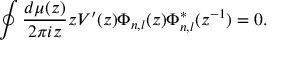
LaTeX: \oint \frac { d \mu ( z ) } { 2 \pi i z } z V ^ { \prime } ( z ) \Phi _ { n , l } ( z ) \Phi _ { n , l } ^ { * } ( z ^ { - 1 } ) = 0 .